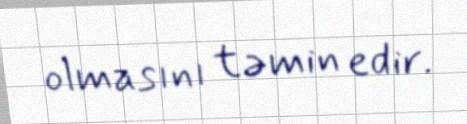
olmasını təmin edir.